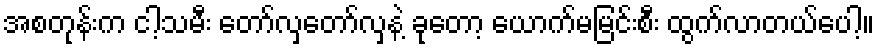
အစတုန်းက ငါ့သမီး တော်လှတော်လှနဲ့ ခုတော့ ယောက်မမြင်းစီး ထွက်လာတယ်ပေါ့။